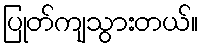
ပြုတ်ကျသွားတယ်။